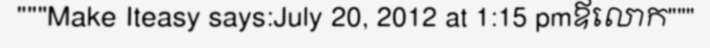
"""Make Iteasy says:July 20, 2012 at 1:15 pmឪលោក"""